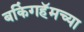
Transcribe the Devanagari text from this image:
बकिंगहॅमच्या